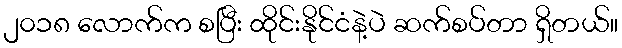
၂၀၁၈ လောက်က စပြီး ထိုင်းနိုင်ငံနဲ့ပဲ ဆက်စပ်တာ ရှိတယ်။